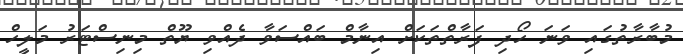
މުބާރާތުގައި ވަނަ ހޯދި ފަރާތްތަކަށް އިނާމް ބައްސަވާ ދެއްވި ޔޫތް މިނިސްޓަރު މަލީހް